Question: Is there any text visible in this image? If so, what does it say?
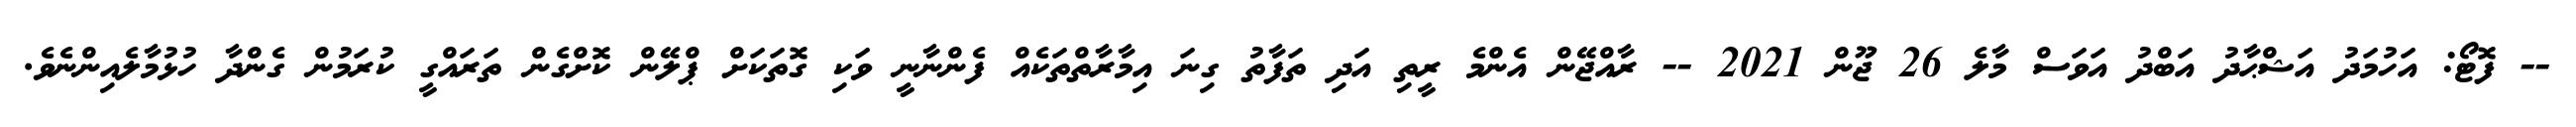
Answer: -- ފޮޓޯ: އަހުމަދު އަޝްޙާދު އަބްދު އަވަސް މާލެ 26 ޖޫން 2021 -- ރާއްޖޭން އެންމެ ރީތި އަދި ތަފާތު ގިނަ އިމާރާތްތަކެއް ފެންނާނީ ވަކި ގޮތަކަށް ޕްލޭން ކޮށްގެން ތަރައްގީ ކުރަމުން ގެންދާ ހުޅުމާލެއިންނެވެ.